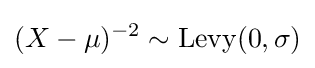
(X-\mu )^{-2}\sim \operatorname {Levy} (0,\sigma )